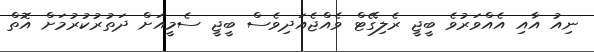
ނިއު އާއި އެއްވަރުވެ ބީޖީ ރެލިގޭޓް ވެއްޖެއަދިވެސް ބީޖީ ސެމީއަށް ދަތުރުކުރުމަށް އޮތް